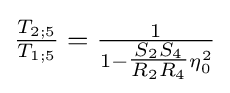
{\tfrac {T_{2;5}}{T_{1;5}}}={\tfrac {1}{1-{\tfrac {S_{2}S_{4}}{R_{2}R_{4}}}\eta _{0}^{2}}}